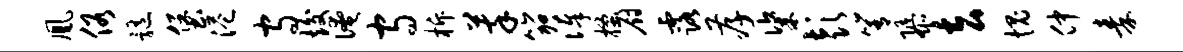
凰俗髓堡港守竣淹守柝萃笳俸搔厨露孝粢彭箐隳去愧仲秦